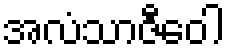
အလံသာဇီဝေါ